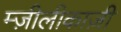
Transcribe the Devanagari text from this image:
म्ज़ीलीकाज़ी